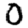
Digit: 0